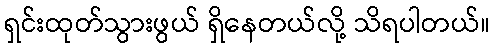
ရှင်းထုတ်သွားဖွယ် ရှိနေတယ်လို့ သိရပါတယ်။